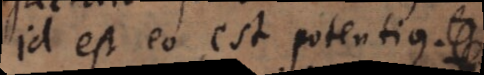
Id est eo est potentius.